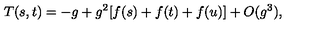
T ( s , t ) = - g + g ^ { 2 } [ f ( s ) + f ( t ) + f ( u ) ] + O ( g ^ { 3 } ) ,